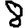
Digit: 8